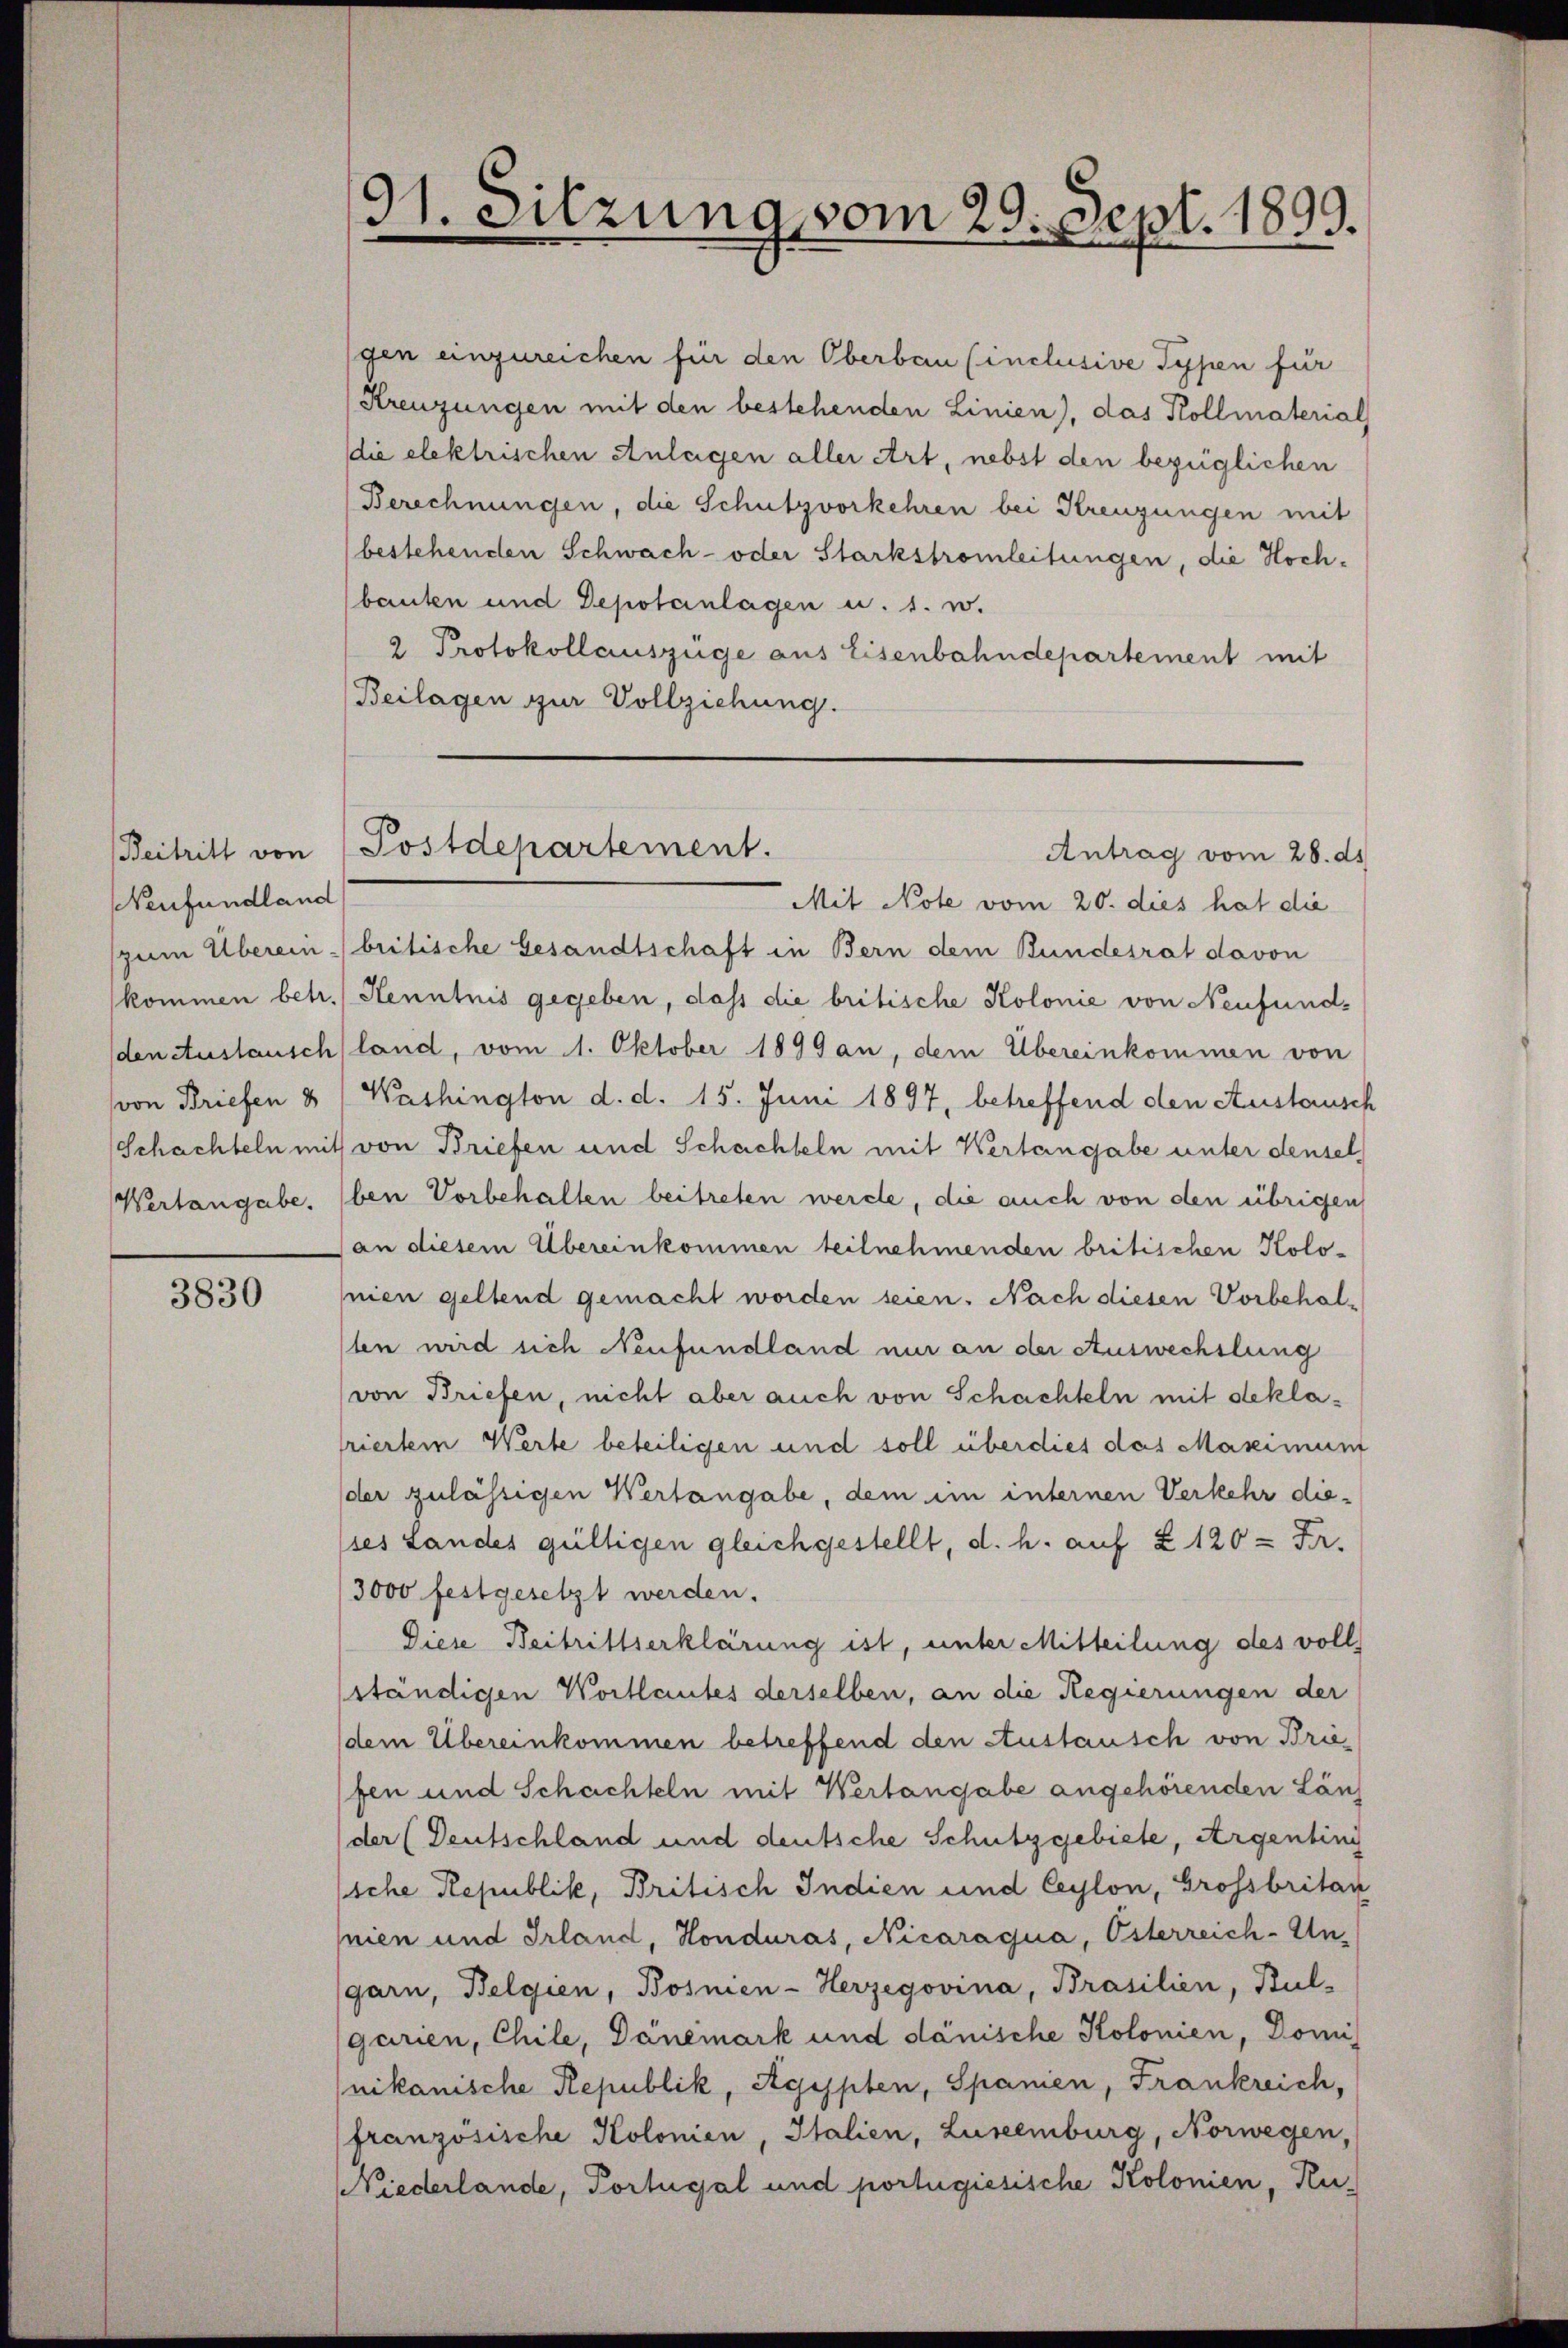
Neufundland

3830

gen einzureichen für den Oberbau (inclusive Typen für
Kreuzungen mit den bestehenden Linien), das Kollmaterial
(die elektrischen Anlagen aller Art, nebst den bezüglichen
Berechnungen, die Schutzvorkehren bei Kreuzungen mit
bestehenden Schwach- oder Starkstromleitungen, die Hochbauten und Depotanlagen u. s. w.
2 Protokollauszüge aus Eisenbahndepartement mit
Beilagen zur Vollziehung.

91. Sitzung vom 29. Sept. 1899.

Mit Note vom 20. dies hat die
(zum Überein - britische Gesandtschaft in Bern dem Bundesrat davon
kommen betr. Henntnis gegeben, dass die britische Kolonie von Neufundden Austausch (land, vom 1. Oktober 1899 an, dem Übereinkommen von
(von Briefen & Washington d. d. 15. Juni 1897, betreffend den Austausch
Schachteln mit von Briefen und Schachteln mit Wertangabe unter densel
Wertangabe. (ben Vorbehalten beitreten werde, die auch von den übrigen
an diesem Übereinkommen teilnehmenden britischen Kolo-
snien geltend gemacht worden seien. Nach diesen Vorbehalten wird sich Neufundland nur an der Auswechslung
von Briefen, nicht aber auch von Schachteln mit deklatriertem Werte beteiligen und soll überdies das Maximum
der zulässigen Wertangabe, dem im internen Verkehr die¬
(ses Landes gültigen gleichgestellt, d. h. auf § 120 = Fr.
3000 festgesetzt werden.
Diese Beitrittserklärung ist, unter Mitteilung des voll
ständigen Wortlautes derselben, an die Regierungen der
dem Übereinkommen betreffend den Austausch von Briefen und Schachteln mit Wertangabe angehörenden Län
(der (Deutschland und deutsche Schutzgebiete, Argenting
sche Republik, Britisch Indien und Ceylon, Grossbritan
nien und Irland, Honduras, Nicaraqua, Österreich-Ungarn, Belgien, Bosnien-Herzegovina, Brasilien, Bul-
garien, Chile, Däneinark und dänische Kolonien, Domi
nikanische Republik, Rgypten, Spanien, Frankreich,
französische Kolonien, Italien, Luseemburg, Norwegen,
Niederlande, Portugal und portugiesische Kolonien, Ku-

Beitritt von Postdepartement.
Antrag vom 28. ds